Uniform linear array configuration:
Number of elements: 16
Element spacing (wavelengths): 0.25
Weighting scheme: uniform
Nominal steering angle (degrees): -60
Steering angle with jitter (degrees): -59.261
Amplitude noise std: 0.05
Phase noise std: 0.05

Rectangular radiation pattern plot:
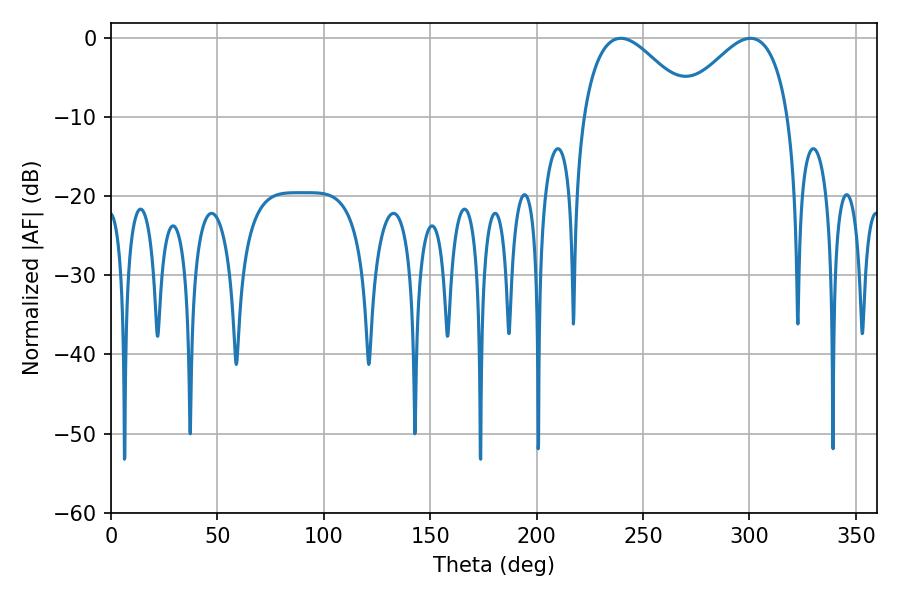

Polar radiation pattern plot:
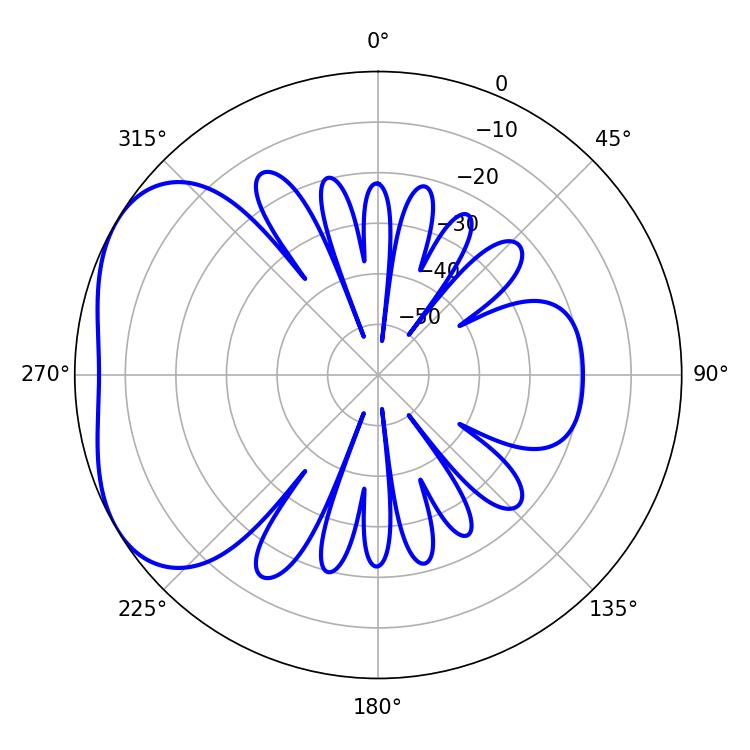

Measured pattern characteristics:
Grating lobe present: FALSE
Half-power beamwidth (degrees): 28.08
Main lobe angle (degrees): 239.58